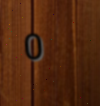
0